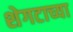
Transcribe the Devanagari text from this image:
शेगटाच्या